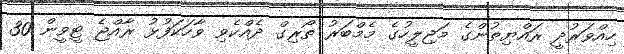
ހިއްވަރުދީ ރައްޔިތުންގެ މަޖިލީހުގެ މެމްބަރު ތޯރިގް ދެއްކެވި ވާހަކަފުޅު ރާއްޖެ ޓީވީން 30